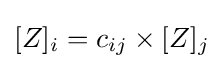
[Z]_{i}=c_{ij}\times [Z]_{j}